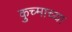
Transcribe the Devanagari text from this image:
कुच्माच्या